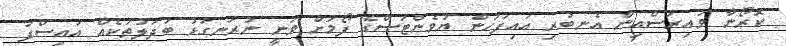
ކޮރޯނާ ވައިރަސްއިން އެނބުރި އައިފަހުން ޔުވެންޓަސްގެ ފޯމަށް ވަނީ ނުރަނގަޅު ބަދަލުތަކެއް އައިސްފަ